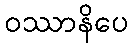
ဝဿာနိပေ